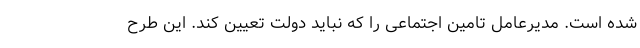
شده است. مدیرعامل تامین اجتماعی را که نباید دولت تعیین کند. این طرح